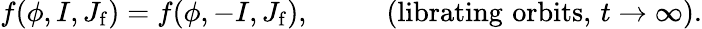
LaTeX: f(\phi,I,J_{\mathrm{f}})=f(\phi,-I,J_{\mathrm{f}}),\, \, \, \, \, \, \, \, \, \, \, \, \, \, \, \, (\mathrm{librating\, \, orbits,}\, \, t\to\infty).